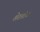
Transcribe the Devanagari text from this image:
शेरलोक